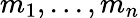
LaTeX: m_{1},...,m_{n}